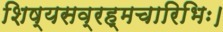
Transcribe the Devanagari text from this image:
शिष्यसव्रह्मचारिभिः।